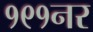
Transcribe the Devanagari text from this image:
१९१नर